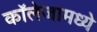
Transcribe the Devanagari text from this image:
कॉलेजामध्ये